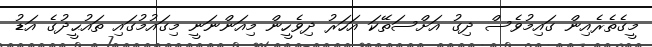
މީގެތެރެއިން ގައިމުވެސް ދިގު އަށްސަތޭކަ އަހަރު ދިވެހީން މިއަންނަނީ މިގައުމުގައި ތައުޙީދުގެ އަޑު